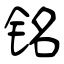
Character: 铭